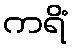
ကရိံ